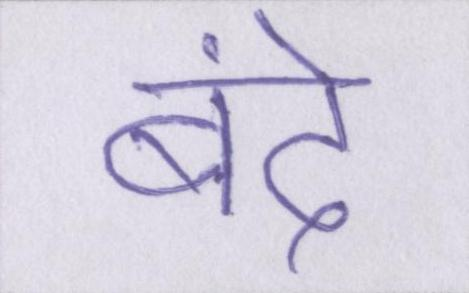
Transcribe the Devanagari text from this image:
बंदे